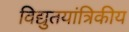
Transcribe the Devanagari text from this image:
विद्युतयांत्रिकीय